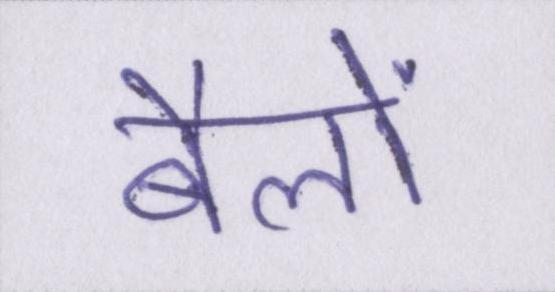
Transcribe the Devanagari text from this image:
बैलों